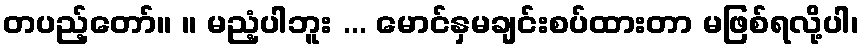
တပည့်တော်။ ။ မညံ့ပါဘူး ... မောင်နှမချင်းစပ်ထားတာ မဖြစ်ရလို့ပါ၊